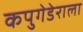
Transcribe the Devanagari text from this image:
कपुगेडेराला